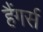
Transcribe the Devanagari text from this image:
हैंगर्स